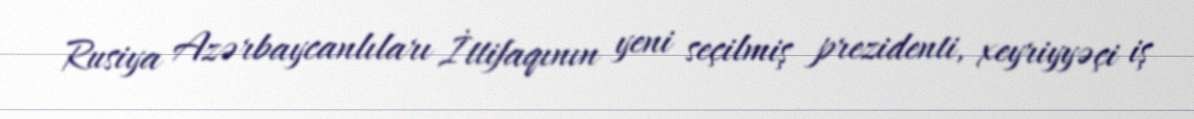
Rusiya Azərbaycanlıları İttifaqının yeni seçilmiş prezidenti, xeyriyyəçi iş